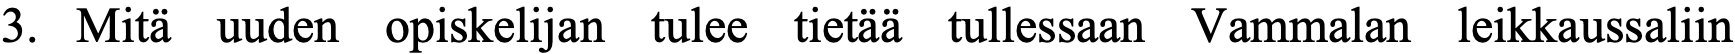
3. Mitä uuden opiskelijan tulee tietää tullessaan Vammalan leikkaussaliin